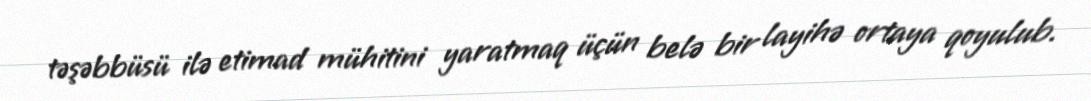
təşəbbüsü ilə etimad mühitini yaratmaq üçün belə bir layihə ortaya qoyulub.